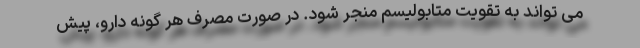
می تواند به تقویت متابولیسم منجر شود. در صورت مصرف هر گونه دارو، پیش